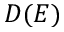
D ( E )